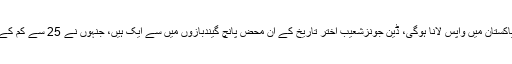
یہ بھی پڑھیں: پی ایس ایل کی بقا کے لیے کرکٹ پاکستان میں واپس لانا ہوگی، ڈین جونزشعیب اختر تاریخ کے ان محض پانچ گیندبازوں میں سے ایک ہیں، جنہوں نے 25 سے کم کے اوسط سے 150 وکٹیں یا زیادہ وکٹیں حاصل کیں۔